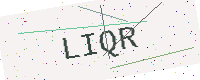
Text: LIQR